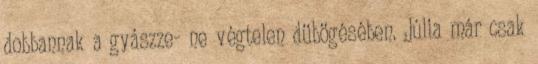
dobbannak a gyászze- ne végtelen dübögésében. Júlia már csak